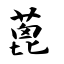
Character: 蓖